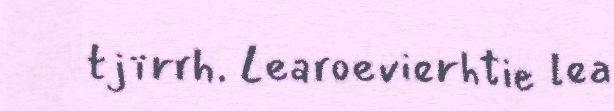
tjïrrh. Learoevierhtie lea